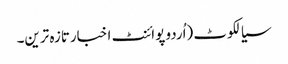
سیالکوٹ (اُردو پوائنٹ اخبارتازہ ترین۔